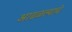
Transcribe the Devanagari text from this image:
आढळल्याचे